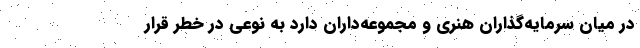
در میان سرمایه‌گذاران هنری و مجموعه‌داران دارد به نوعی در خطر قرار